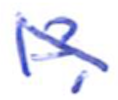
Text: 13.
Cross-out: diagonal
Writing tool: ballpoint